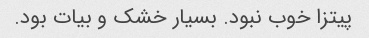
پیتزا خوب نبود. بسیار خشک و بیات بود.